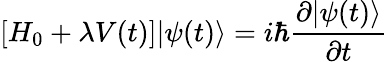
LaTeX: [H_{0}+\lambda V(t)]|\psi(t)\rangle=i\hbar{\frac{\partial|\psi(t)\rangle}{\partial t}}